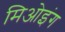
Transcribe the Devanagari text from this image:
मिओइंग